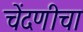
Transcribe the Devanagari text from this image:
चेंदणीचा